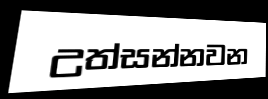
උත්සන්නවන